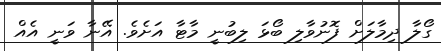
ގޯލާ ދިމާލަށް ފޮނުވާލި ބޯޅަ ލިބުނީ މާޓާ އަށެވެ. އޭނާ ވަނީ އެއް